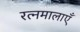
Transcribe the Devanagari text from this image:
रत्नमालाएँ